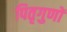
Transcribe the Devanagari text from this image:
पितृगुणों